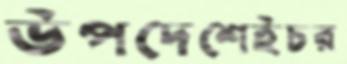
উপদেশেইচর